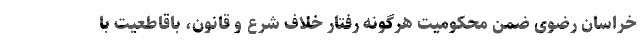
خراسان رضوی ضمن محکومیت هرگونه رفتار خلاف شرع و قانون، باقاطعیت با